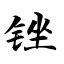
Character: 锉